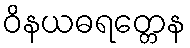
ဝိနယဓရတ္တေန